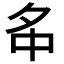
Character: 𡖌